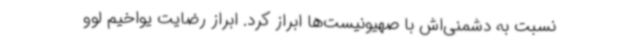
نسبت به دشمنی‌اش با صهیونیست‌ها ابراز کرد. ابراز رضایت یواخیم لوو